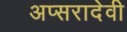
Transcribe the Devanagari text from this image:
अप्सरादेवी